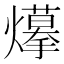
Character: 𤑮